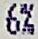
6%